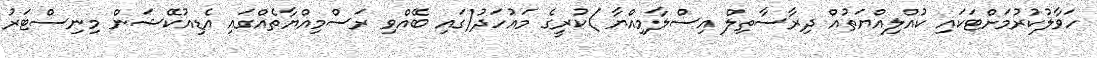
ހަވާލުކުރުމަށްޓަކައި ކުއްލިއްޔަތުއް ދިރާސާތިލް އިސްލާމިއްޔާ )ކުރީގެ މައުހަދު(ގައި ބޭއްވި ރަސްމިއްޔާތެއްގައި އެޑިއުކޭޝަން މިނިސްޓަރު